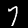
Digit: 7